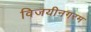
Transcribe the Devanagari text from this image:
विजयीनगरम